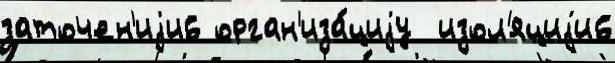
заточен'иjи6 орган'иза́циjу  изол'яциjи6